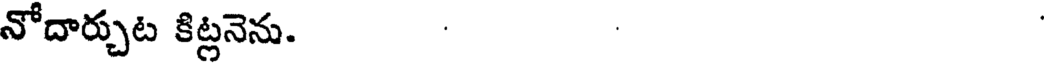
నోదార్చుట కిట్లనెను.